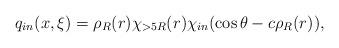
LaTeX: \begin{align*}q_{in}(x,\xi) = \rho_R(r) \chi_{> 5R}(r) \chi_{in}(\cos \theta - c \rho_{R}(r)),\end{align*}